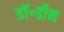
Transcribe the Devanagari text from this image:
डॉ॰डीन